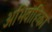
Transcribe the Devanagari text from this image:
अभिवाहिका